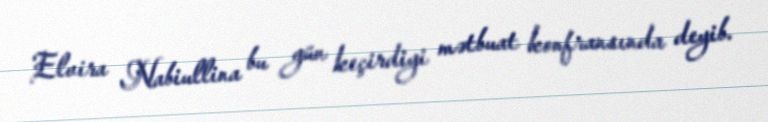
Elvira Nabiullina bu gün keçirdiyi mətbuat konfransında deyib.